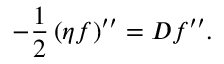
- \frac { 1 } { 2 } \left( \eta f \right) ^ { \prime \prime } = D f ^ { \prime \prime } .